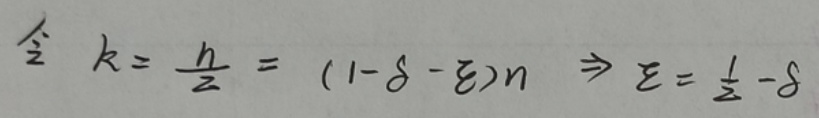
令 \(k = \frac{n}{2}=(1 - \delta-\varepsilon)n\Rightarrow\varepsilon=\frac{1}{2}-\delta\)